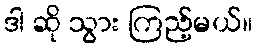
ဒါ ဆို သွား ကြည့်မယ်။